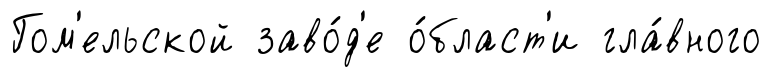
Гом'ельской заво́д'е о́бласт'и гла́вного